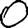
Digit: 0